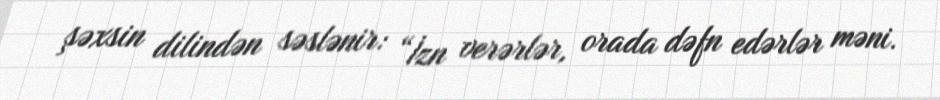
şəxsin dilindən səslənir: “İzn verərlər, orada dəfn edərlər məni.